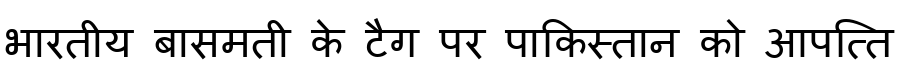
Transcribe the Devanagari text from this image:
भारतीय बासमती के टैग पर पाकिस्तान को आपत्ति